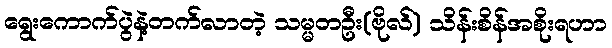
ရွေးကောက်ပွဲနဲ့တက်လာတဲ့ သမ္မတဦး(ဗိုလ်) သိန်းစိန်အစိုးရဟာ